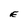
Character: E